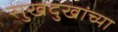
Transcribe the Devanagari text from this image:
सुखदुखांच्या